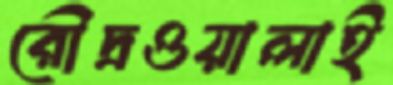
রৌদ্রওয়ালাই